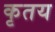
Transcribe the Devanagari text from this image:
कृतय